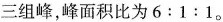
三组峰，峰面积比为$$6:1:1$$。